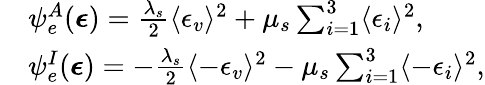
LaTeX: \begin{array}{rl}&{\psi_{e}^{A}(\boldsymbol{\epsilon})=\frac{\lambda_{s}}{2}\langle\epsilon_{v}\rangle^{2}+\mu_{s}\sum_{i=1}^{3}\langle\epsilon_{i}\rangle^{2},}\\ &{\psi_{e}^{I}(\boldsymbol{\epsilon})=-\frac{\lambda_{s}}{2}\langle-\epsilon_{v}\rangle^{2}-\mu_{s}\sum_{i=1}^{3}\langle-\epsilon_{i}\rangle^{2},}\end{array}